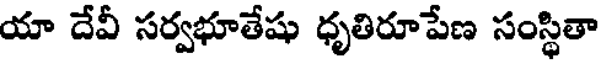
యా దేవీ సర్వభూతేషు ధృతిరూపేణ సంస్థితా